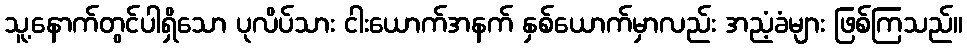
သူ့နောက်တွင်ပါရှိသော ပုလိပ်သား ငါးယောက်အနက် နှစ်ယောက်မှာလည်း အညံ့ခံများ ဖြစ်ကြသည်။